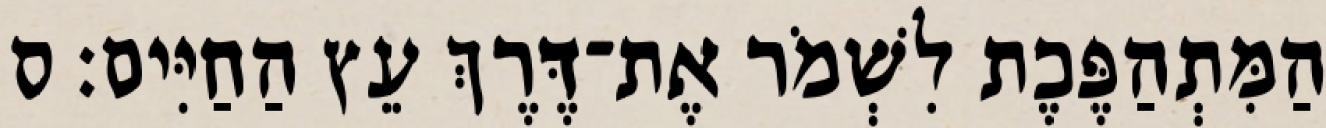
הַמִּתְהַפֶּכֶת לִשְׁמֹר אֶת־דֶּרֶךְ עֵץ הַחַיִּים׃ ס